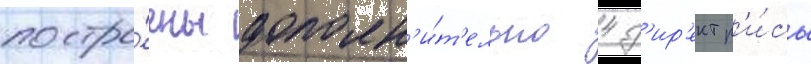
постро́ены дополн'и́т'ельно 4 д'ир'ектр'и́сы